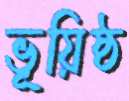
ভূয়িষ্ঠ